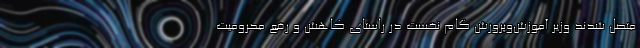
متصل شدند وزیر آموزش‌وپرورش گام نخست در راستای کاهش و رفع محرومیت